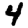
Digit: 4